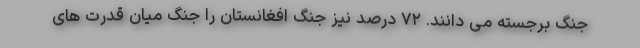
جنگ برجسته می دانند. ۷۲ درصد نیز جنگ افغانستان را جنگ میان قدرت های